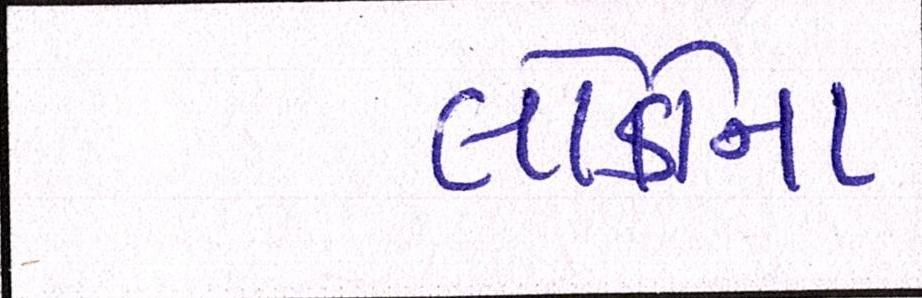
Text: લોકોના